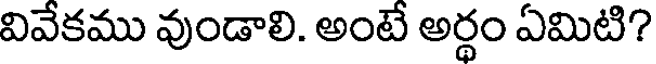
వివేకము వుండాలి. అంటే అర్థం ఏమిటి?